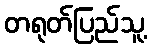
တရုတ်ပြည်သူ့